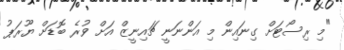
"މި ރިސޯޓަށް ގިނައިން މި އަންނަނީ ޗައިނީޒް އަށް ވުރެ ބޮޑަށް ޔޫރަޕު